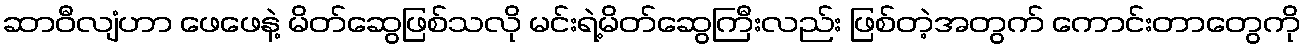
ဆာဝီလျံဟာ ဖေဖေနဲ့ မိတ်ဆွေဖြစ်သလို မင်းရဲ့မိတ်ဆွေကြီးလည်း ဖြစ်တဲ့အတွက် ကောင်းတာတွေကို